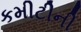
કમીટીની